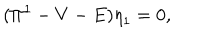
LaTeX: ( { \Pi } ^ { 1 } - V - E ) { \eta } _ { 1 } = 0 ,